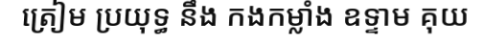
ត្រៀម ប្រយុទ្ធ នឹង កងកម្លាំង ឧទ្ទាម គុយ